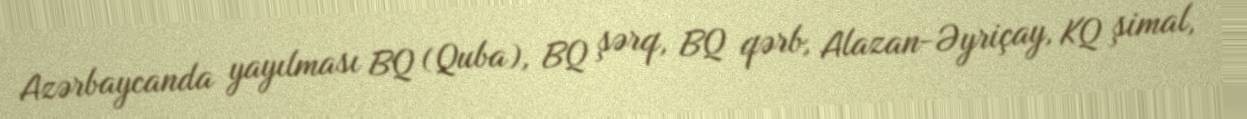
Azərbaycanda yayılması BQ (Quba), BQ şərq, BQ qərb, Alazan-Əyriçay, KQ şimal,